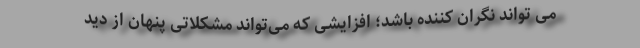
می تواند نگران کننده باشد؛ افزایشی که می‌تواند مشکلاتی پنهان از دید